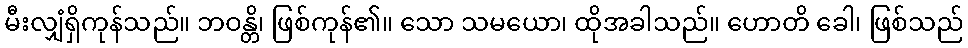
မီးလျှံရှိကုန်သည်။ ဘဝန္တိ၊ ဖြစ်ကုန်၏။ သော သမယော၊ ထိုအခါသည်။ ဟောတိ ခေါ၊ ဖြစ်သည်